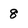
Character: 8